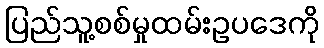
ပြည်သူ့စစ်မှုထမ်းဥပဒေကို